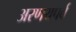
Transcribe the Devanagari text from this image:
अरणयपर्व